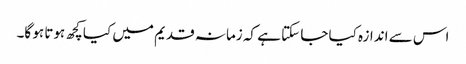
اس سے اندازہ کیا جا سکتا ہے کہ زمانہ قدیم میں کیا کچھ ہوتا ہو گا۔